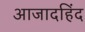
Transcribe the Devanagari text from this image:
आजादहिंद